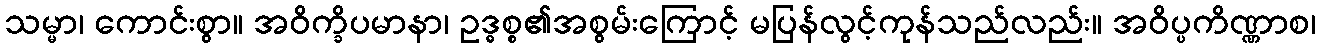
သမ္မာ၊ ကောင်းစွာ။ အဝိက္ခိပမာနာ၊ ဥဒ္ဓစ္စ၏အစွမ်းကြောင့် မပြန်လွင့်ကုန်သည်လည်း။ အဝိပ္ပကိဏ္ဏာစ၊